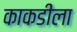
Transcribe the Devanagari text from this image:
काकडीला